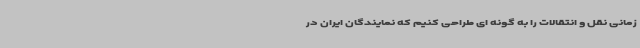
زمانی نقل و انتقالات را به گونه ای طراحی کنیم که نمایندگان ایران در